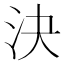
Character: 決